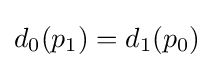
d_{0}(p_{1})=d_{1}(p_{0})